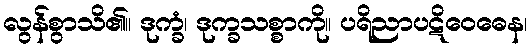
လွန်စွာသိ၏။ ဒုက္ခံ၊ ဒုက္ခသစ္စာကို။ ပရိညာပဋိဝေဓေန၊